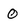
Character: 0